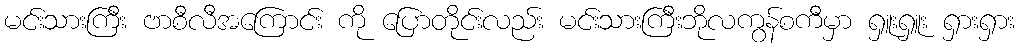
မင်းသားကြီး ဗာစီလီအကြောင်း ကို ပြောတိုင်းလည်း မင်းသားကြီးဘိုလကွန်စကီမှာ ရှူးရှူး ရှားရှား